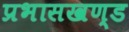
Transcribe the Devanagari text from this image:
प्रभासखण्ड